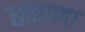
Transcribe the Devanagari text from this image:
धनाणा